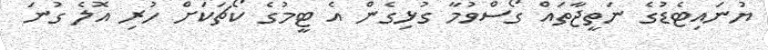
ޔުނައިޓެޑުގެ ނަތީޖާތައް ގޯސްވުމާ ގުޅިގެން އެ ޓީމުގެ ކޯޗަކަށް ހުރި އޮލެ ގުނަ